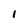
Character: 1